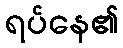
ရပ်နေ၏